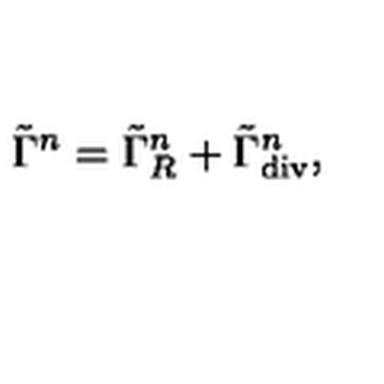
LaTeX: \tilde { \Gamma } ^ { n } = \tilde { \Gamma } _ { R } ^ { n } + \tilde { \Gamma } _ { \mathrm { d i v } } ^ { n } ,